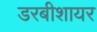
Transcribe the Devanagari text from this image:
डरबीशायर